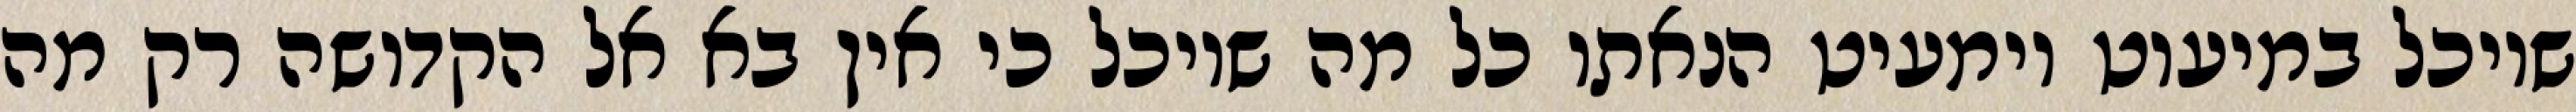
שיוכל במיעוט וימעיט הנאתו כל מה שיוכל כי אין בא אל הקדושה רק מה